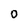
Character: 0